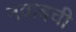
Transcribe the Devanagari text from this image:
नवाबची